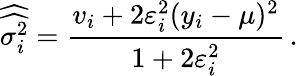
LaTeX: \widehat{\widehat{\sigma_{i}^{2}}}=\frac{v_{i}+2\varepsilon_{i}^{2}(y_{i}-\mu)^{2}}{1+2\varepsilon_{i}^{2}}\, .